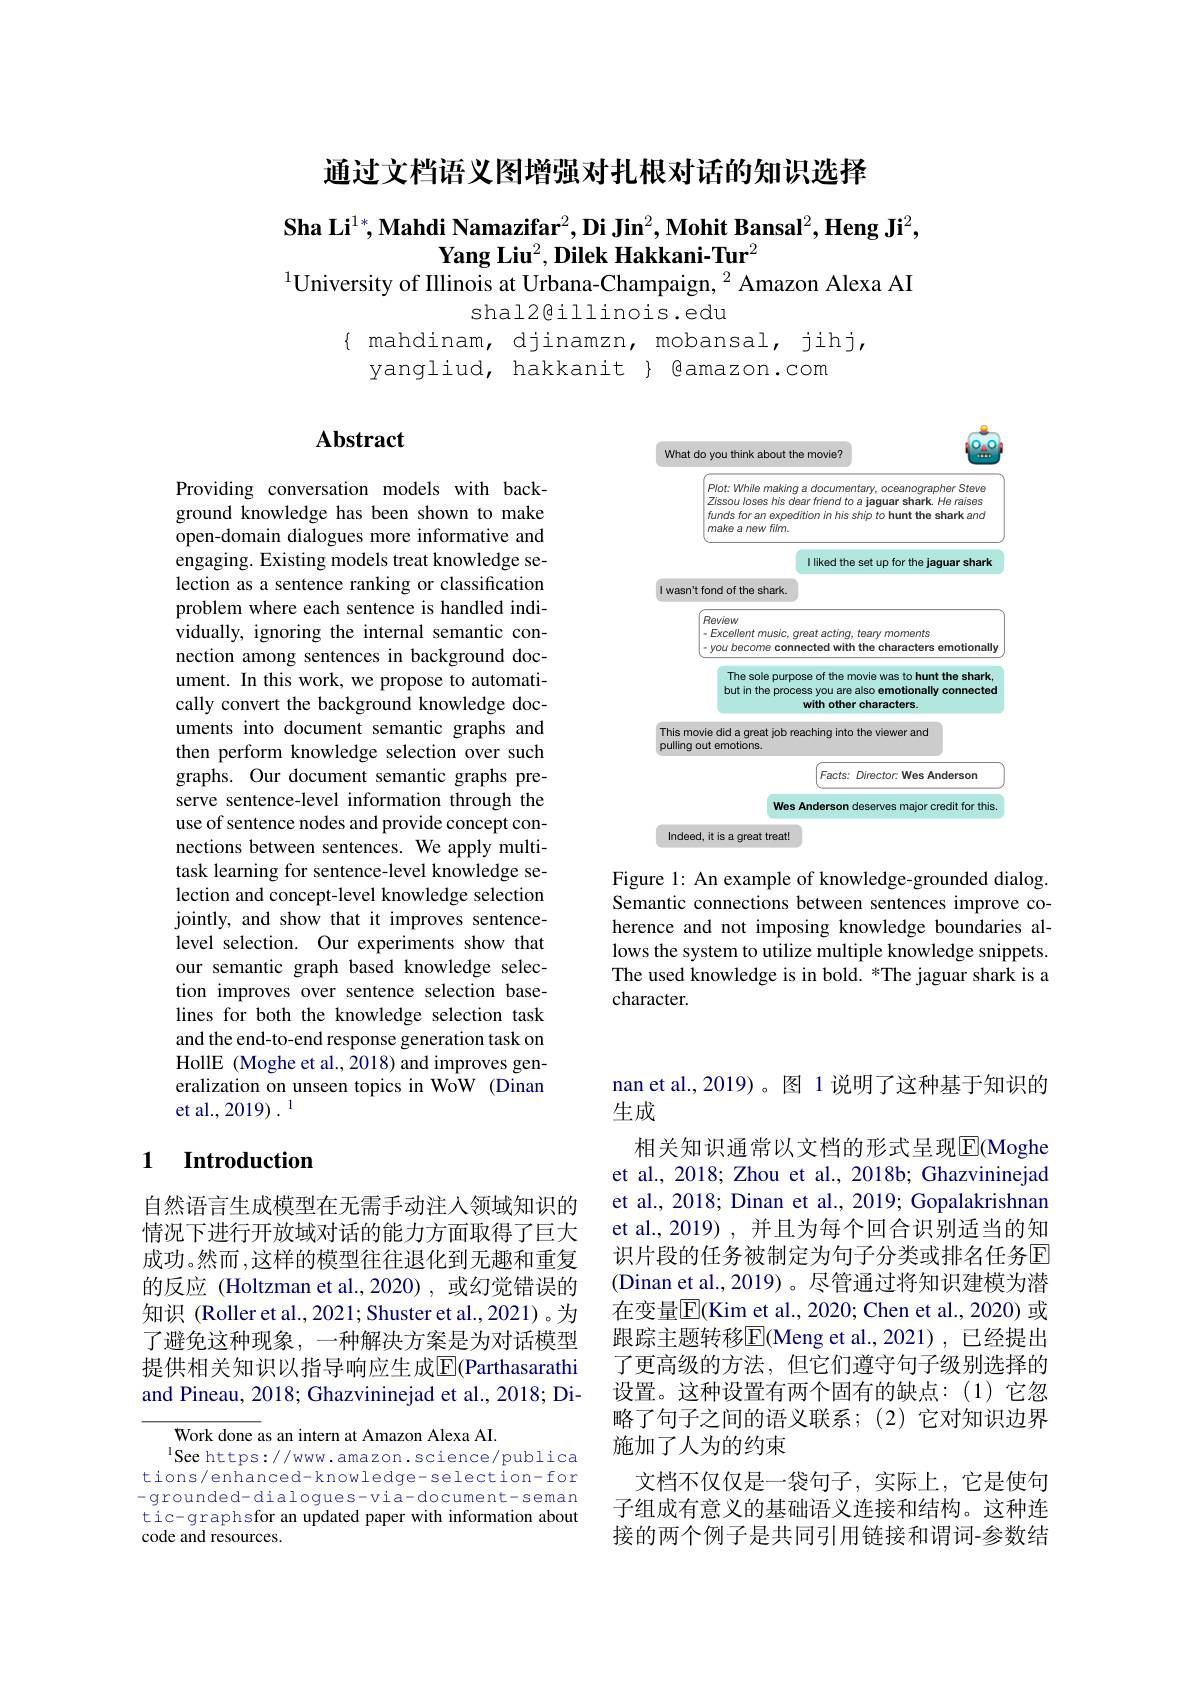
通过文档语义图增强对扎根对话的知识选择

$\textbf{Sha Li}^{1*},\textbf{Mahdi Namazifar}^2,\textbf{Di Jin}^2,\textbf{Mohit Bansal}^2,\textbf{Heng Ji}^2$,
Yang Liu$^2$,Dilek Hakkani-Tur$^2$
$^{1}$University of Illinois at Urbana-Champaign, $^{2}$ Amazon Alexa AI

shal2@illinois.edu
$\begin{array}{ll}\{&\text{mahdinam, djinamzn, mobansal, jihj,}\\&\text{yangliud, hakkanit}\}&\text{@amazon.com}\end{array}$

## Abstract

Providing conversation models with background knowledge has been shown to make open-domain dialogues more informative and engaging. Existing models treat knowledge selection as a sentence ranking or classification problem where each sentence is handled individually, ignoring the internal semantic connection among sentences in background document. In this work, we propose to automatically convert the background knowledge documents into document semantic graphs and then perform knowledge selection over such graphs. Our document semantic graphs preserve sentence-level information through the use of sentence nodes and provide concept connections between sentences. We apply multitask learning for sentence-level knowledge selection and concept-level knowledge selection jointly, and show that it improves sentencelevel selection. Our experiments show that our semantic graph based knowledge selection improves over sentence selection baselines for both the knowledge selection task and the end-to-end response generation task on HollE (Moghe et al., 2018) and improves generalization on unseen topics in WoW (Dinan et al., 2019) . 1

### 1 $\textbf{Introduction}$

自然语言生成模型在无需手动注入领域知识的情况下进行开放域对话的能力方面取得了巨大成功。然而 ,这样的模型往往退化到无趣和重复的反应 (Holtzman et al.,2020) ,或幻觉错误的知识 (Roller et al., 2021; Shuster et al., 2021)。为了避免这种现象，一种解决方案是为对话模型提供相关知识以指导响应生成$\overline{\mathbb{E}}($Parthasarathi and Pineau, 2018; Ghazvininejad et al., 2018; Di-

Work done as an intern at Amazon Alexa AI.
$^{\mathrm{l}}$See https://www.amazon.science/publica tions/enhanced-knowledge-selection-for -grounded-dialogues-via-document-seman tic-graphsfor an updated paper with information about code and resources.

<FigureHere>

Figure 1: An example of knowledge-grounded dialog Semantic connections between sentences improve coherence and not imposing knowledge boundaries allows the system to utilize multiple knowledge snippets. The used knowledge is in bold. *The jaguar shark is a character.

nan et al.,2019)。图 1 说明了这种基于知识的
生成
相关知识通常以文档的形式呈现$\overline{\mathrm{E}}($Moghe et al., 2018; Zhou et al., 2018b; Ghazvininejad et al., 2018; Dinan et al., 2019; Gopalakrishnan et al., 2019), 并且为每个回合识别适当的知识片段的任务被制定为句子分类或排名任务回(Dinan et al.,2019)。尽管通过将知识建模为潜在变量$\overline{\mathbb{E}}($Kim et al., 2020; Chen et al., 2020) 或跟踪主题转移$\boxed{\mathrm{E}}($Meng et al.,2021),已经提出了更高级的方法，但它们遵守句子级别选择的设置。这种设置有两个固有的缺点：(1)它忽略了句子之间的语义联系；(2)它对知识边界施加了人为的约束
文档不仅仅是一袋句子，实际上，它是使句子组成有意义的基础语义连接和结构。这种连接的两个例子是共同引用链接和谓词-参数结